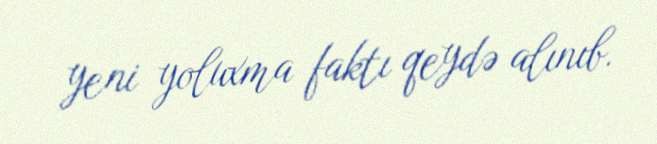
yeni yoluxma faktı qeydə alınıb.